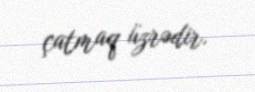
çatmaq üzrədir.